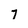
Character: 7